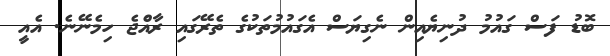
ބޮޑު ފަސް ގައުމު ދުނިޔެއިން ނެގިޔަސް އެގައުމުތަކުގެ ތެރޭގައި ރާއެްޖެ ހިމެނޭނެ. އެއީ